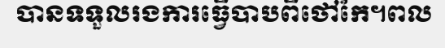
បានទទួលរងការធ្វើបាបពីថៅកែ។ពល